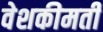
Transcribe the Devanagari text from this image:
वेशकीमती